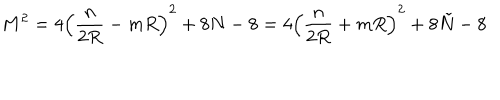
M ^ { 2 } = 4 \left( \frac { n } { 2 R } - m R \right) ^ { 2 } + 8 N - 8 = 4 \left( \frac { n } { 2 R } + m R \right) ^ { 2 } + 8 \tilde { N } - 8